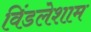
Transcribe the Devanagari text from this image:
विंडलेशाम